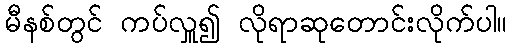
မီနစ်တွင် ကပ်လှူ၍ လိုရာဆုတောင်းလိုက်ပါ။